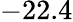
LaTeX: -22.4